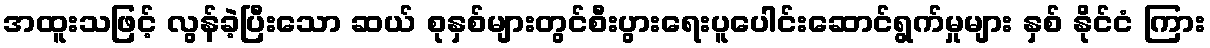
အထူးသဖြင့် လွန်ခဲ့ပြီးသော ဆယ် စုနှစ်များတွင်စီးပွားရေးပူပေါင်းဆောင်ရွက်မှုများ နှစ် နိုင်ငံ ကြား